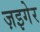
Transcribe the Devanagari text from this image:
ज़इगेर